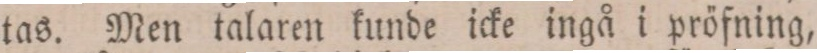
tas. Men talaren kunde icke ingå i pröfning,